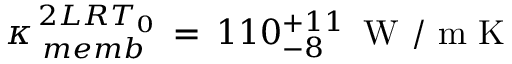
\kappa _ { \, \, m e m b } ^ { \, 2 L R T _ { 0 } } \, = \, 1 1 0 _ { - 8 } ^ { + 1 1 } \, \mathrm { ~ W ~ / ~ m ~ K ~ }